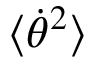
\langle \dot { \theta } ^ { 2 } \rangle